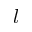
l